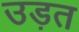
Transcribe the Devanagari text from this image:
उड़त